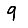
Digit: 9